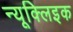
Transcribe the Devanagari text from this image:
न्यूक्लिइक